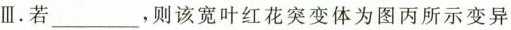
Ⅲ. 若___，则该宽叶红花突变体为图丙所示变异